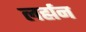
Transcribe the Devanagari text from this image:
लर्ह्मन